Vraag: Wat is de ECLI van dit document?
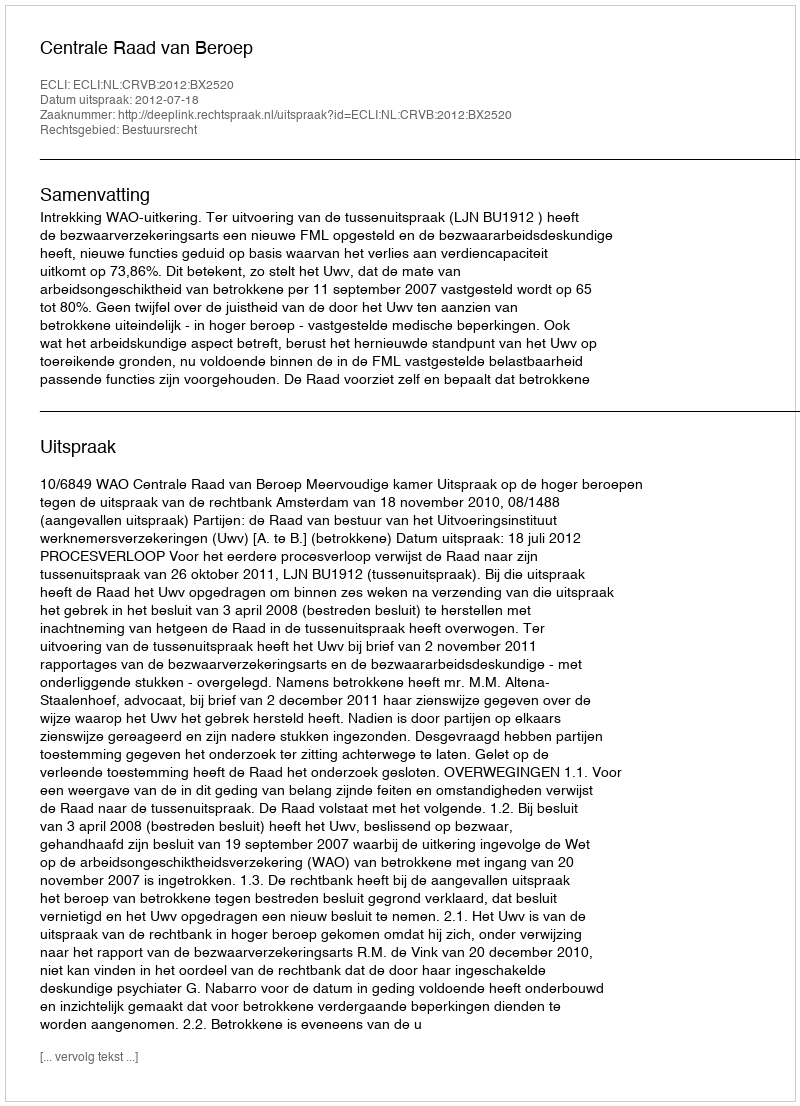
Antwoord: ECLI:NL:CRVB:2012:BX2520